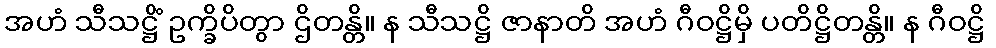
အဟံ သီသဋ္ဌိံ ဥက္ခိပိတွာ ဌိတန္တိ။ န သီသဋ္ဌိ ဇာနာတိ အဟံ ဂီဝဋ္ဌိမှိ ပတိဋ္ဌိတန္တိ။ န ဂီဝဋ္ဌိ